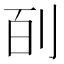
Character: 㓦